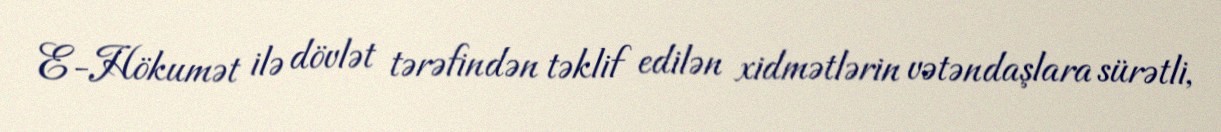
E-Hökumət ilə dövlət tərəfindən təklif edilən xidmətlərin vətəndaşlara sürətli,